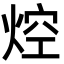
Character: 焢